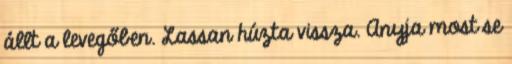
állt a levegőben. Lassan húzta vissza. Anyja most se